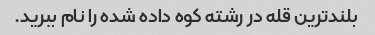
بلندترین قله در رشته کوه داده شده را نام ببرید.